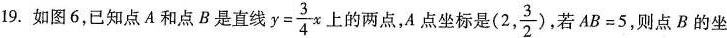
19.如图6，已知点A和点B是直线 $$y= \frac{3}{4}x$$ 上的两点，A点坐标是(2, \frac{3}{2})，若$$AB=5$$，则点B的坐